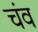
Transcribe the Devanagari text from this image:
चंव